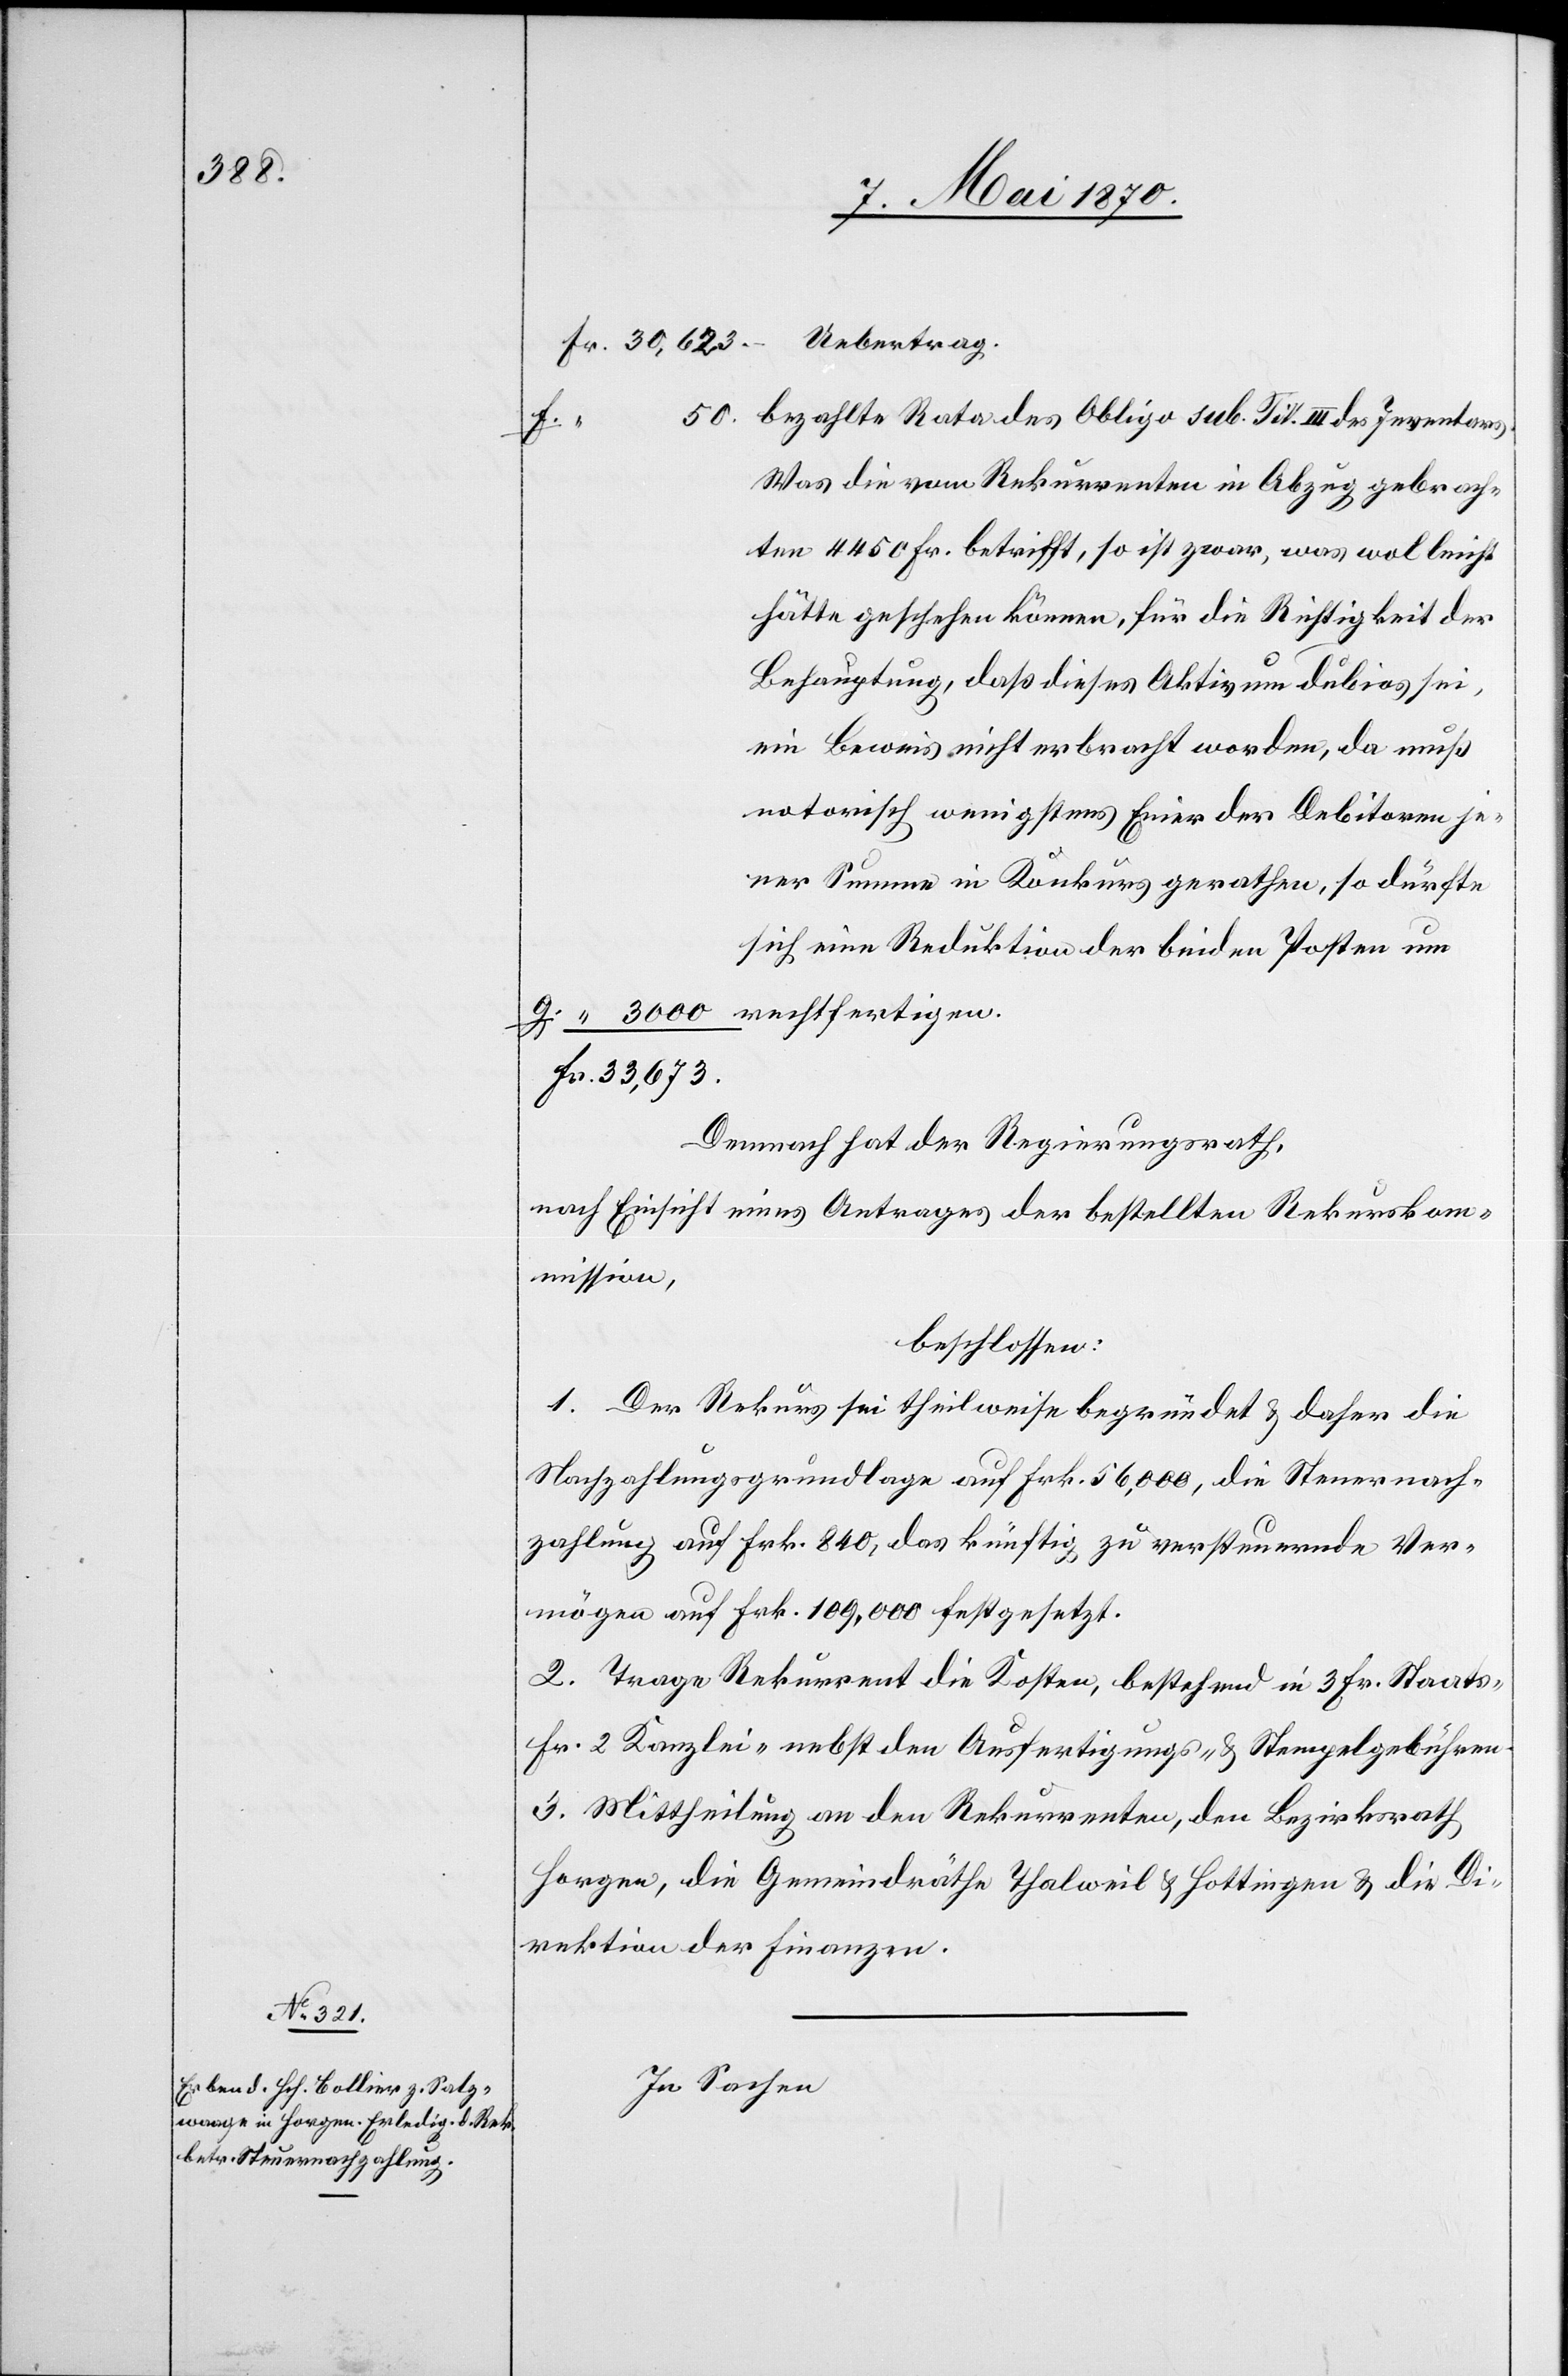
bezahlte Rata des Obligo sub. Tit. III des Inventars.
Fr.
Was die vom Rekurrenten in Abzug gebrach¬
ten 4450 Fr. betrifft, so ist zwar, was wol leicht
hätte geschehen können, für die Richtigkeit der
Behauptung, daß dieses Aktivum dubios sei,
ein Beweis nicht erbracht worden, da muß
notorisch wenigstens Einer der Debitoren je¬
ner Summe in Konkurs gerathen, so dürfte
sich eine Reduktion der beiden Posten um
Demnach hat der Regierungsrath,
nach Einsicht eines Antrages der bestellten Rekurskom¬
mission,
beschlossen:
1. Der Rekurs sei theilweise begründet & daher die
Nachzahlungsgrundlage auf Frk. 56,000, die Steuernach¬
zahlung auf Frk. 840, das künftig zu versteuernde Ver¬
mögen auf Frk. 109,000 festgesetzt.
2. Trage Rekurrent die Kosten, bestehend in 3 Fr. Staats-[,]
Fr. Kanzlei- nebst den Ausfertigungs- & Stempelgebühren.
3. Mittheilung an den Rekurrenten, den Bezirksrath
Horgen, die Gemeindräthe Thalweil & Hottingen & die Di¬
rektion der Finanzen.
In Sachen